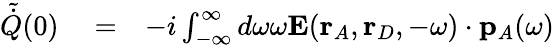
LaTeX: \begin{array}{rlr}{\tilde{\dot{Q}}(0)}&{{}=}&{-i\int_{-\infty}^{\infty}d\omega\omega\mathbf{E}(\mathbf{r}_{A},\mathbf{r}_{D},-\omega)\cdot{\mathbf{p}}_{A}(\omega)}\end{array}